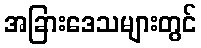
အခြားဒေသများတွင်